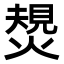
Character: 𤍮